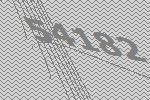
54182